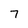
Character: 7